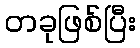
တခုဖြစ်ပြီး